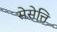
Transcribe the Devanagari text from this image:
सेसेत्ति